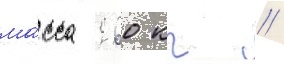
ма́сса 260 кг //